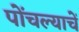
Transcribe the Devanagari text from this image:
पोंचल्याचें